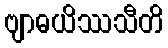
ဗျာဓယိဿသီတိ